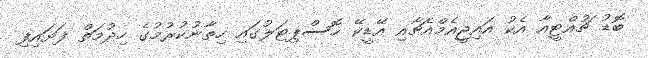
ބޮޑު ޗުއްޓީއާ އެކު އައިޖީއެމްއެޗާއި އޭޑީކޭ ހޮސްޕިޓަލުގައި ހިތާނުކުރުމުގެ ހިދުމަތް ފަށައިފި